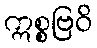
ဣစ္စဗြဝိ